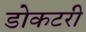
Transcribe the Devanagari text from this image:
डोकटरी